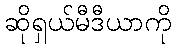
ဆိုရှယ်မီဒီယာကို